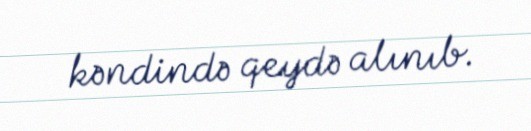
kəndində qeydə alınıb.